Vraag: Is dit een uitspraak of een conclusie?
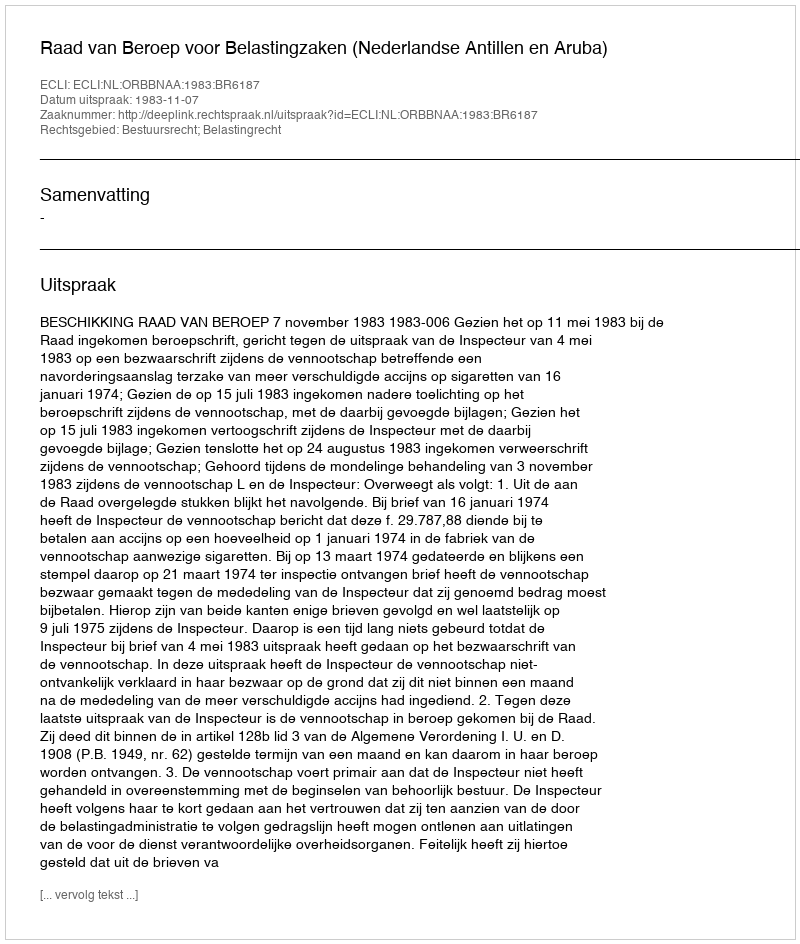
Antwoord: Uitspraak